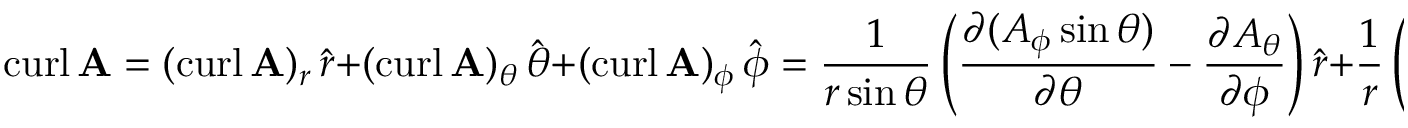
\operatorname { c u r l } \mathbf { A } = ( \operatorname { c u r l } \mathbf { A } ) _ { r } \, { \hat { \boldsymbol { r } } } + ( \operatorname { c u r l } \mathbf { A } ) _ { \theta } \, { \hat { \boldsymbol { \theta } } } + ( \operatorname { c u r l } \mathbf { A } ) _ { \phi } \, { \hat { \boldsymbol { \phi } } } = { \frac { 1 } { r \sin \theta } } \left( { \frac { \partial ( A _ { \phi } \sin \theta ) } { \partial \theta } } - { \frac { \partial A _ { \theta } } { \partial \phi } } \right) { \hat { \boldsymbol { r } } } + { \frac { 1 } { r } } \left( { \frac { 1 } { \sin \theta } } { \frac { \partial A _ { r } } { \partial \phi } } - { \frac { \partial ( r A _ { \phi } ) } { \partial r } } \right) { \hat { \boldsymbol { \theta } } } + { \frac { 1 } { r } } \left( { \frac { \partial ( r A _ { \theta } ) } { \partial r } } - { \frac { \partial A _ { r } } { \partial \theta } } \right) { \hat { \boldsymbol { \phi } } }